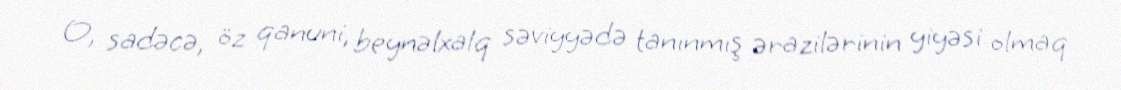
O, sadəcə, öz qanuni, beynəlxalq səviyyədə tanınmış ərazilərinin yiyəsi olmaq